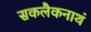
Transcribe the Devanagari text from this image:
सकलैकनाथं